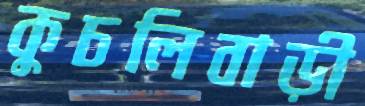
কুচলিবাড়ী